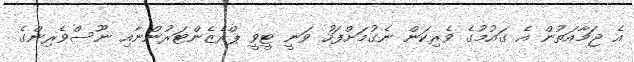
އެ ޖަމާއަތުން އެ ގައުމުގެ ވެރިކަން ނެގުމަށްފަހު ވަނީ ޓީވީ ޕްރެޒެންޓަރުންނާއި ނޫސްވެރިންގެ